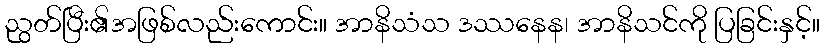
ညွတ်ပြီး၏အဖြစ်လည်းကောင်း။ အာနိသံသ ဒဿနေန၊ အာနိသင်ကို ပြခြင်းနှင့်။